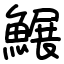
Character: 䱼